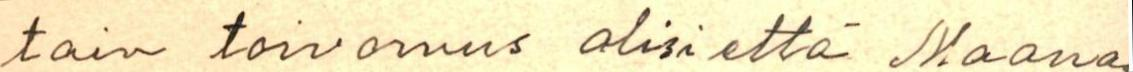
tain toivomus olisi että Maana